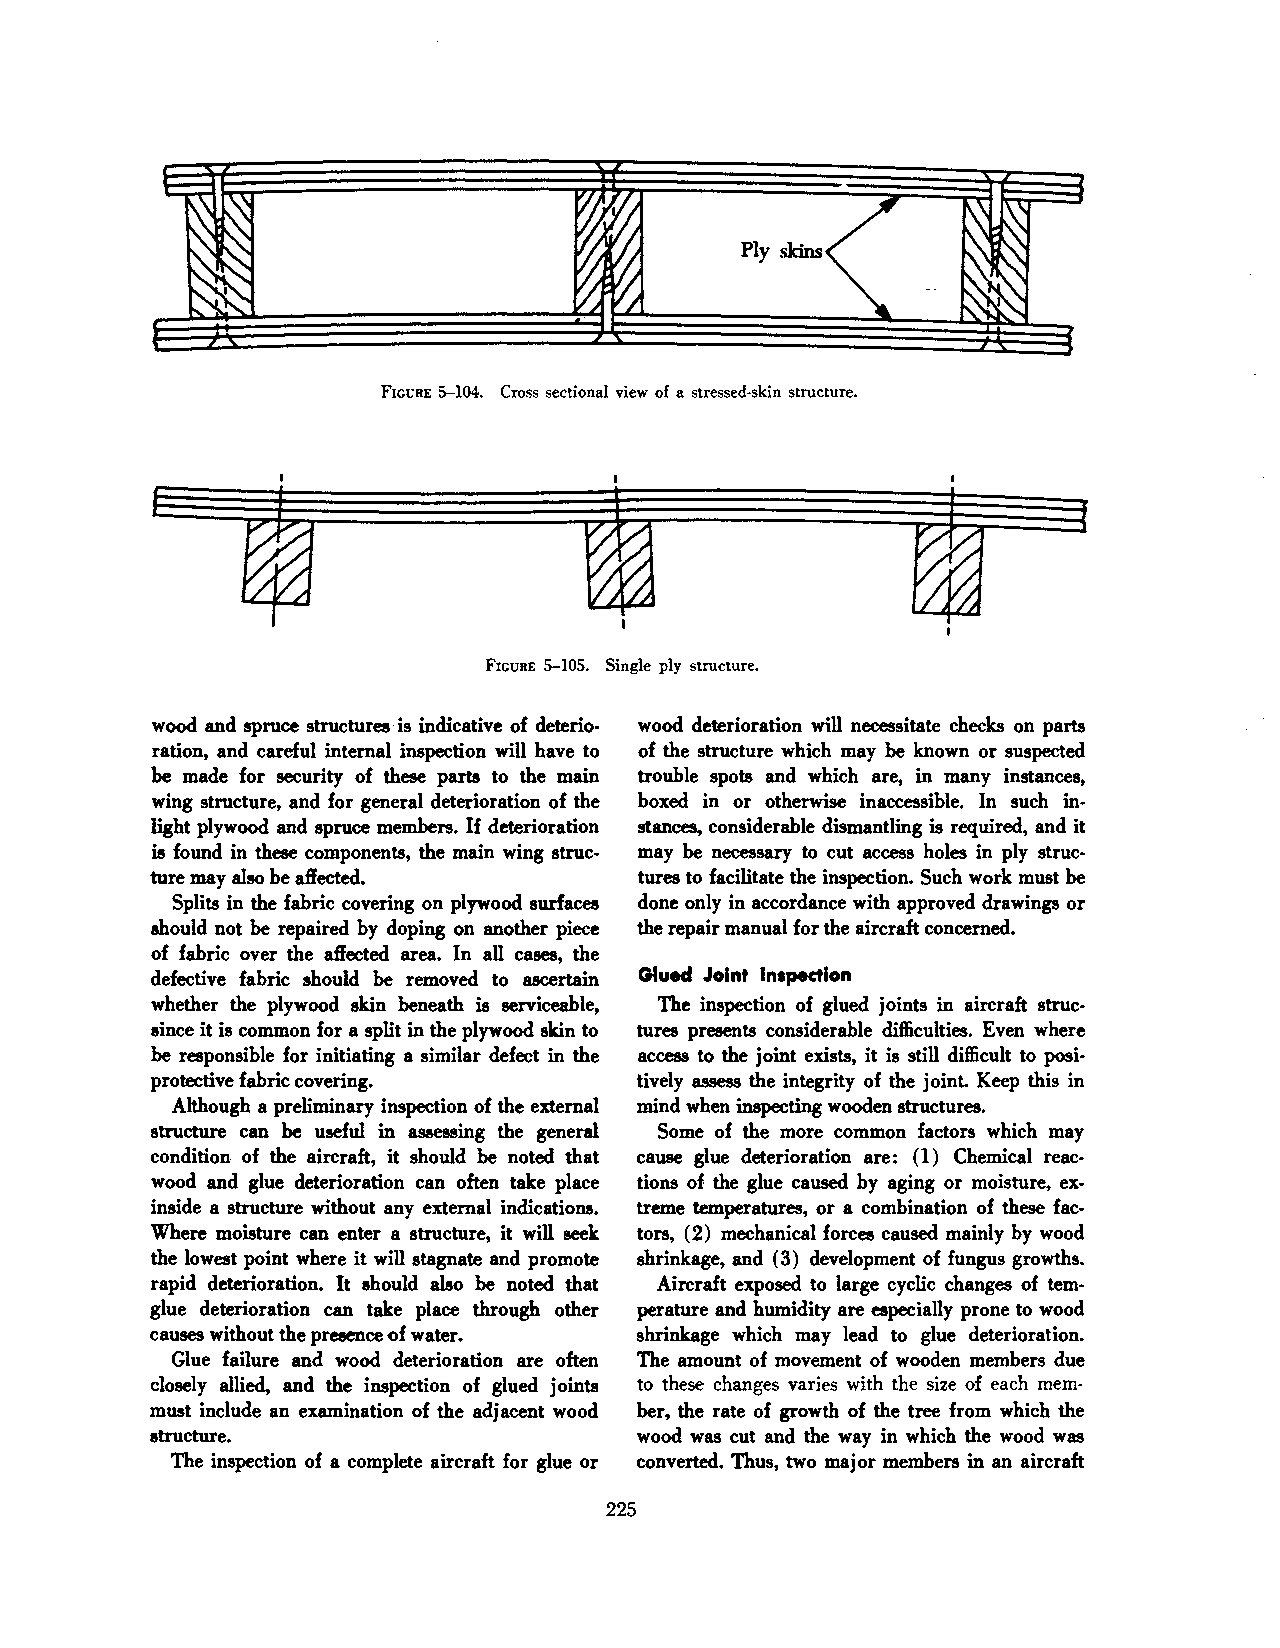
Ply skins
 FIGURE 5--104. Cross sectional view of a stressed·skin structure.
 FIGURE 5--105. Single ply structure.
 wood and spruce structures· is indicative of deterio wood deterioration will necessitate checks on parts
 ration, and careful internal inspection will have to of the structure which may be known or suspected
 be made for security of these parts to the main trouble spots and which are, in many instances,
 wing structure, and for general deterioration of the boxed in or otherwise inaccessible. In such in
 light plywood and spruce members. If deterioration stances, considerable dismantling is required, and it
 is found in these components, the main wing struc may be necessary to cut access holes in ply struc
 ture may also be affected.       tures to facilitate the inspection. Such work must be
 Splits in the fabric covering on plywood surfaces done only in accordance with approved drawings or
 should not be repaired by doping on another piece the repair manual for the aircraft concerned.
 of fabric over the affected area. In all cases, the
 defective fabric should be removed to ascertain Glued Joint lnspedlon
 whether the plywood skin beneath is serviceable, The inspection of glued joints in aircraft struc·
 since it is common for a split in the plywood skin to tures presents considerable difficulties. Even where
 be responsible for initiating a similar defect in the access to the joint exists, it is still difficult to posi·
 protective fabric covering.     tively assess the integrity of the joint. Keep this in
 Although a preliminary inspection of the external mind when inspecting wooden structures.
 structure can be useful in assessing the general Some of the more common factors which may
 condition of the aircraft, it should be noted that cause glue deterioration are: ( 1) Chemical reac
 wood and glue deterioration can often take place tions of the glue caused by aging or moisture, ex
 inside a structure without any external indications. treme temperatures, or a combination of these fac
 Where moisture can enter a structure, it will seek tors, (2) mechanical forces caused mainly by wood
 the lowest point where it will stagnate and promote shrinkage, and (3) development of fungus growths.
 rapid deterioration. It should also be noted that Aircraft exposed to large cyclic changes of tem·
 glue deterioration can take place through other perature and humidity are especially prone to wood
 causes without the presence of water. shrinkage which may lead to glue deterioration.
 Glue failure and wood deterioration are often The amount of movement of wooden members due
 closely allied, and the inspection of glued joints to these changes varies with the size of each mem
 must include an examination of the adjacent wood ber, the rate of growth of the tree from which the
 structure.                      wood was cut and the way in which the wood was
 The inspection of a complete aircraft for glue or converted. Thus, two major members in an aircraft
 225